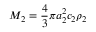
M _ { 2 } = \displaystyle \frac { 4 } { 3 } \pi a _ { 2 } ^ { 2 } c _ { 2 } \rho _ { 2 }